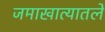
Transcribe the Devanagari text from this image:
जमाखात्यातले